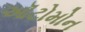
ઑટોમોન